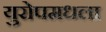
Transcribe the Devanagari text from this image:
युरोपमधला